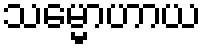
သမ္မောဟာယ